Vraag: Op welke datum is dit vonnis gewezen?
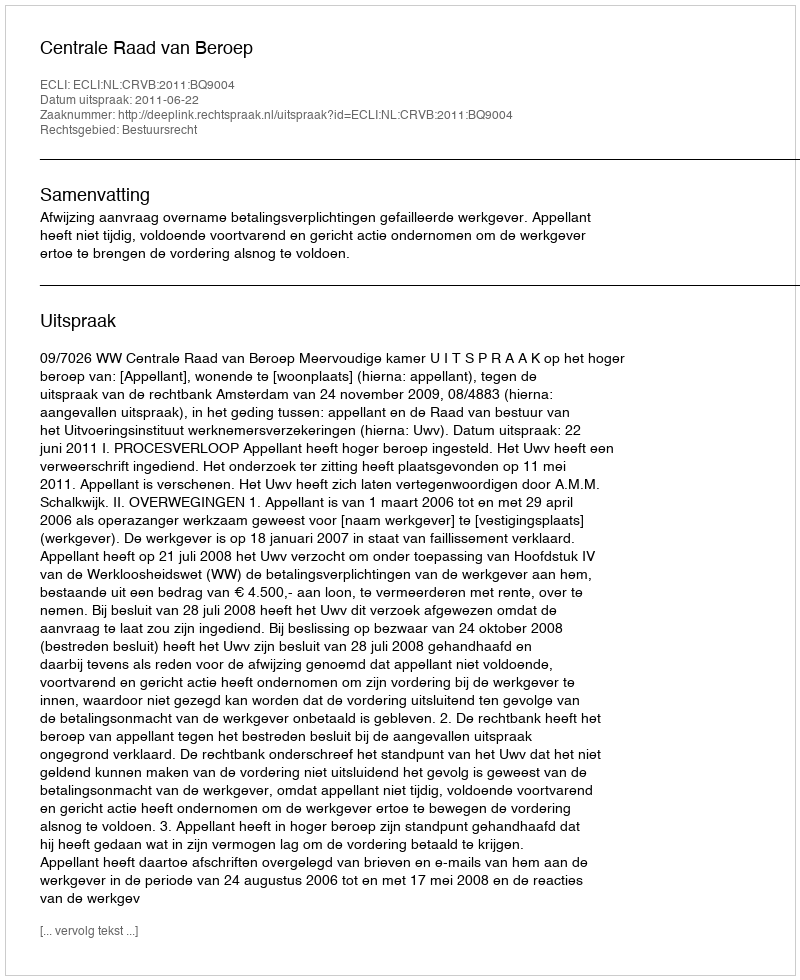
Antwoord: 2011-06-22